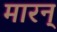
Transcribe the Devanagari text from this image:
मारन्